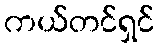
ကယ်တင်ရှင်